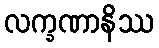
လက္ခဏာနိဿ